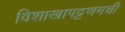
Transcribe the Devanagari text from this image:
विशाखापट्टणमची